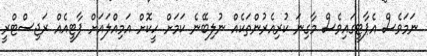
ނަމަވެސް އެޕާޓީގައިވެސް މާގިނަ ކުރިއެރުންތަކެއް ނުލިބޭނެ ކަމަށް ހީކޮށް އަމިއްލައަށް ޕާޓީއެއް ރަޖިސްޓްރީ